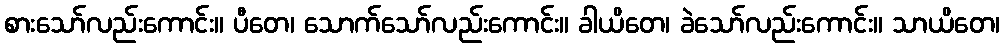
စားသော်လည်းကောင်း။ ပီတေ၊ သောက်သော်လည်းကောင်း။ ခါယိတေ၊ ခဲသော်လည်းကောင်း။ သာယိတေ၊